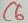
Text: C6